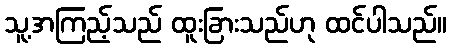
သူ့အကြည့်သည် ထူးခြားသည်ဟု ထင်ပါသည်။